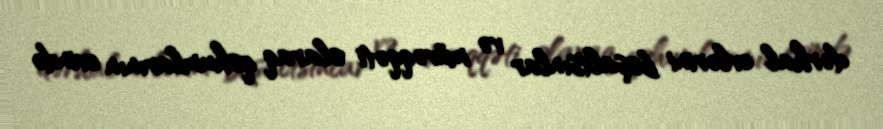
dərhal evlərini boşaltsınlar və müvəqqəti olaraq qohumlarının evində